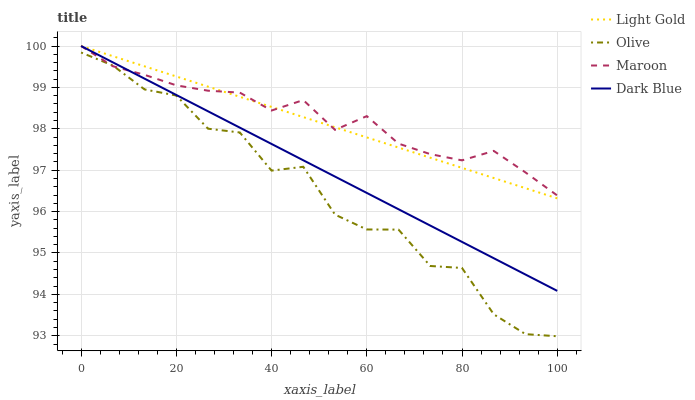
| xaxis_label | Light Gold | Olive | Maroon | Dark Blue |
 | --- | --- | --- | --- | --- |
 | 0 | 100 | 99.8 | 100 | 100 |
 | 6.67 | 99.8 | 99.5 | 99.5 | 99.6 |
 | 13.3 | 99.5 | 99 | 99.3 | 99.2 |
 | 20 | 99.3 | 98.8 | 99 | 98.8 |
 | 26.7 | 99 | 98 | 98.9 | 98.4 |
 | 33.3 | 98.8 | 97.9 | 98.9 | 98 |
 | 40 | 98.5 | 97 | 98.4 | 97.6 |
 | 46.7 | 98.3 | 97.1 | 98.7 | 97.2 |
 | 53.3 | 98 | 95.9 | 98 | 96.8 |
 | 60 | 97.8 | 95.6 | 98.3 | 96.5 |
 | 66.7 | 97.5 | 95.6 | 97.6 | 96.1 |
 | 73.3 | 97.3 | 94.7 | 97.4 | 95.7 |
 | 80 | 97.1 | 94.6 | 97.2 | 95.3 |
 | 86.7 | 96.8 | 93.5 | 97.5 | 94.9 |
 | 93.3 | 96.6 | 93 | 96.9 | 94.5 |
 | 100 | 96.3 | 93 | 96.4 | 94.1 |